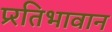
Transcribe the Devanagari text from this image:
प्र्रतिभावान